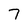
Character: 7